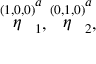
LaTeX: \stackrel { ( 1 , 0 , 0 ) } { \eta } _ { 1 } ^ { a } , \stackrel { ( 0 , 1 , 0 ) } { \eta } _ { 2 } ^ { a } ,